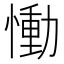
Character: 慟